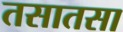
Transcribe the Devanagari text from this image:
तसातसा